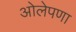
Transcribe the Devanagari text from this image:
ओलेपणा